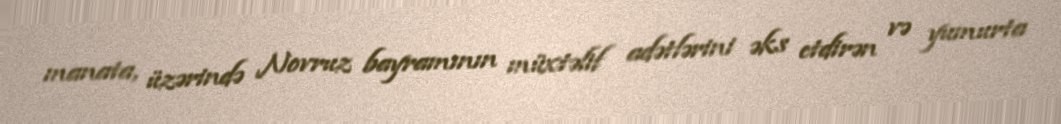
manata, üzərində Novruz bayramının müxtəlif adətlərini əks etdirən və yumurta